Annual administration report of the Civil Veterinary Department of India - 1899-1900
Year: 1899
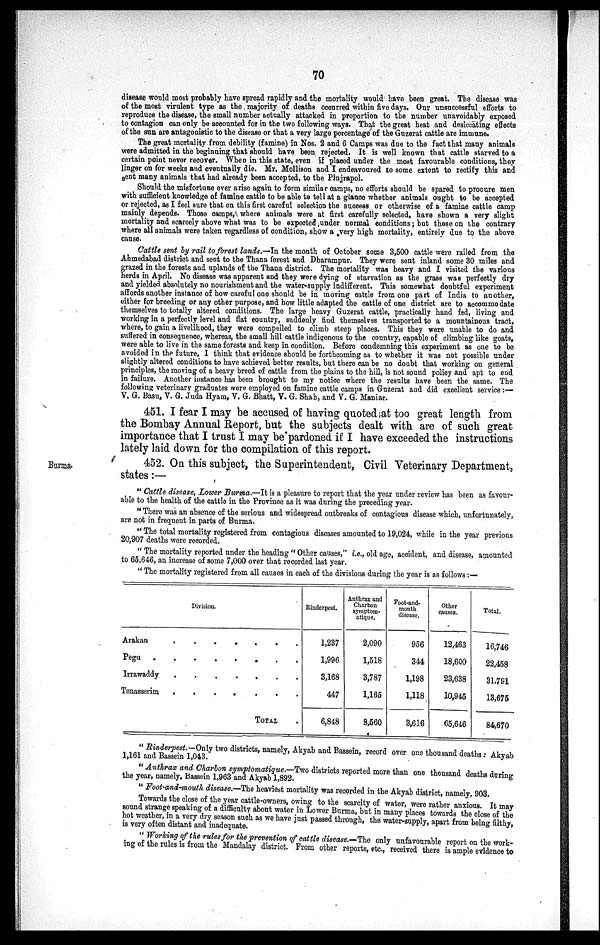
70
disease would most probably have spread rapidly and the mortality would have been great. The disease was
of the most virulent type as the majority of deaths occurred within five days. Our unsuccessful efforts to
reproduce the disease, the small number actually attacked in proportion to the number unavoidably exposed
to contagion can only be accounted for in the two following ways. That the great heat and desiccating effects
of the sun are antagonistic to the disease or that a very large percentage of the Guzerat cattle are immune.
The great mortality from debility (famine) in Nos. 2 and 6 Camps was due to the fact that many animals
were admitted in the beginning that should have been rejected. It is well known that cattle starved to a
certain point never recover. When in this state, even if placed under the most favourable conditions, they
linger on for weeks and eventually die. Mr. Mollison and I endeavoured to some extent to rectify this and
sent many animals that had already been accepted, to the Pinjrapol.
Should the misfortune ever arise again to form similar camps, no efforts should be spared to procure men
with sufficient knowledge of famine cattle to be able to tell at a glance whether animals ought to be accepted
or rejected, as I feel sure that on this first careful selection the success or otherwise of a famine cattle camp
mainly depends. Those camps, where animals were at first carefully selected, have shown a very slight
mortality and scarcely above what was to be expected under normal conditions; but those on the contrary
where all animals were taken regardless of condition, show a very high mortality, entirely due to the above
cause.
Cattle sent by rail to forest lands.—In the month of October some 3,500 cattle were railed from the
Ahmedabad district and sent to the Thana forest and Dharampur. They were sent inland some 30 miles and
grazed in the forests and uplands of the Thana district. The mortality was heavy and I visited the various
herds in April. No disease was apparent and they were dying of starvation as the grass was perfectly dry
and yielded absolutely no nourishment and the water-supply indifferent. This somewhat doubtful experiment
affords another instance of how careful one should be in moving cattle from one part of India to another,
either for breeding or any other purpose, and how little adapted the cattle of one district are to accommodate
themselves to totally altered conditions. The large heavy Guzerat cattle, practically hand fed, living and
working in a perfectly level and flat country, suddenly find themselves transported to a mountainous tract,
where, to gain a livelihood, they were compelled to climb steep places. This they were unable to do and
suffered in consequence, whereas, the small hill cattle indigenous to the country, capable of climbing like goats,
were able to live in the same forests and keep in condition. Before condemning this experiment as one to be
avoided in the future, I think that evidence should be forthcoming as to whether it was not possible under
slightly altered conditions to have achieved better results, but there can be no doubt that working on general
principles, the moving of a heavy breed of cattle from the plains to the hill, is not sound policy and apt to end
in failure. Another instance has been brought to my notice where the results have been the same. The
following veterinary graduates were employed on famine cattle camps in Guzerat and did excellent service :—
V. G. Basu, V. G. Juda Hyam, V. G. Bhatt, V. G. Shah, and V. G. Maniar.
451. I fear I may be accused of having quoted at too great length from
the Bombay Annual Report, but the subjects dealt with are of such great
importance that I trust I may be pardoned if I have exceeded the instructions
lately laid down for the compilation of this report.
Burma.
452. On this subject, the Superintendent, Civil Veterinary Department,
states:—
"Cattle disease, Lower Burma.—It is a pleasure to report that the year under review has been as favour-
able to the health of the cattle in the Province as it was during the preceding year.
"There was an absence of the serious and widespread outbreaks of contagious disease which, unfortunately,
are not in frequent in parts of Burma.
"The total mortality registered from contagious diseases amounted to 19,024, while in the year previous
20,907 deaths were recorded.
"The mortality reported under the heading "Other causes," i.e., old age, accident, and disease, amounted
to 65,646, an increase of some 7,000 over that recorded last year.
"The mortality registered from all causes in each of the divisions during the year is as follows :—
Division.
Arakan
.
.
.
.
.
.
.
Pegu
.
.
.
.
.
.
.
Irrawaddy
.
.
.
.
.
.
.
Tenasserim
.
.
.
.
.
.
.
TOTAL
Rinderpest.
1,237
1,996
3,168
447
6,848
Anthrax and
Charbon
symptom-
atique.
2,090
1,518
3,787
1,165
8,560
Foot-and-
mouth
disease.
956
344
1,198
1,118
3,616
Other
causes.
12,463
18,600
23,638
10,945
65,646
Total.
16,746
22,458
31,791
13,675
84,670
"Rinderpest.—Only two districts, namely, Akyab and Bassein, record over one thousand deaths: Akyab
1,161 and Bassein 1,043.
"Anthrax and Charbon symptomatique.—Two districts reported more than one thousand deaths during
the year, namely, Bassein 1,963 and Akyab 1,892.
"Foot-and-mouth disease.—The heaviest mortality was recorded in the Akyab district, namely, 903.
Towards the close of the year cattle-owners, owing to the scarcity of water, were rather anxious. It may
sound strange speaking of a difficulty about water in Lower Burma, but in many places towards the close of the
hot weather, in a very dry season such as we have just passed through, the water-supply, apart from being filthy,
is very often distant and inadequate.
"Working of the rules for the prevention of cattle disease.—The only unfavourable report on the work-
ing of the rules is from the Mandalay district. From other reports, etc., received there is ample evidence to